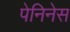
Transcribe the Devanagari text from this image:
पेनिनेस